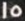
15